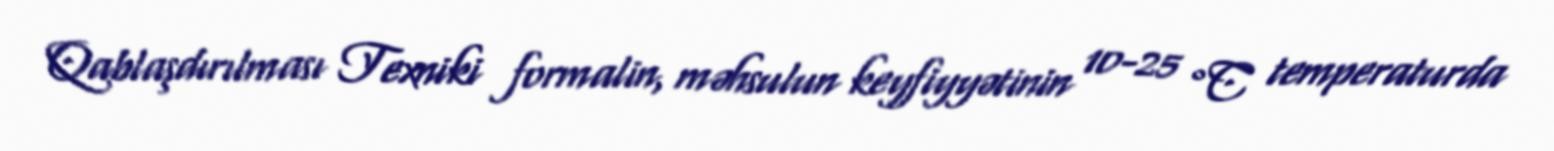
Qablaşdırılması Texniki formalin, məhsulun keyfiyyətinin 10-25 °C temperaturda